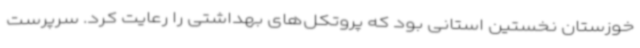
خوزستان نخستین استانی بود که پروتکل‌های بهداشتی را رعایت کرد. سرپرست